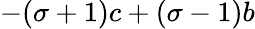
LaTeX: -(\sigma+1)c+(\sigma-1)b